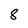
Character: 8